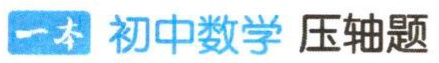
一本 初中数学 压轴题